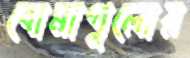
বোমাগুলোর